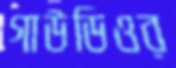
গাউডিওর